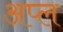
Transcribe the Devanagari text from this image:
अप्ल